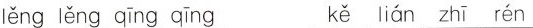
lěng lěng qīng qīng kě lián zhī rén